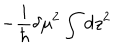
LaTeX: - \frac { i } { \hbar } \delta \mu ^ { 2 } \int d z ^ { 2 }